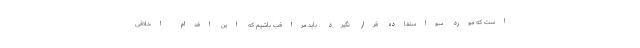
است که مورد سواستفاده قرار نگیرد. باید مراقب باشیم که این اقدام اخلاقی